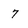
Character: 7